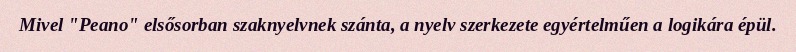
Mivel "Peano" elsősorban szaknyelvnek szánta, a nyelv szerkezete egyértelműen a logikára épül.